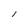
Character: l